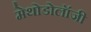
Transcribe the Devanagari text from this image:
मेथोडोलॉजी